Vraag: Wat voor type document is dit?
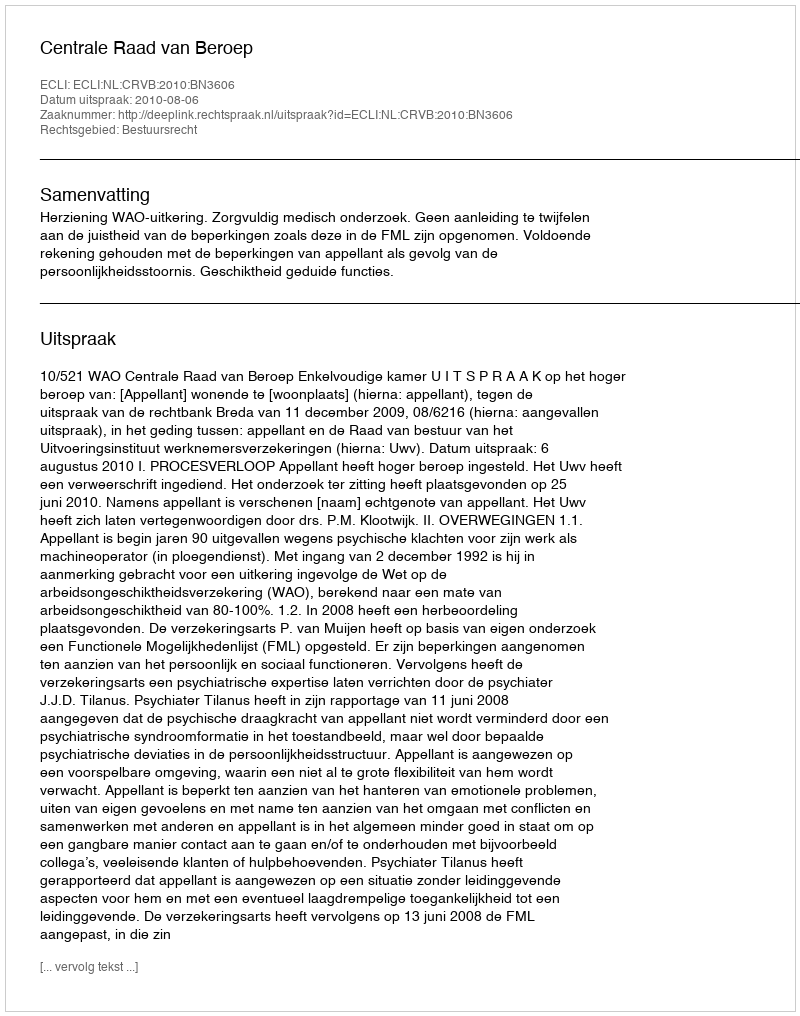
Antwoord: Uitspraak